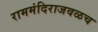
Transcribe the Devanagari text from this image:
राममंदिराजवळच